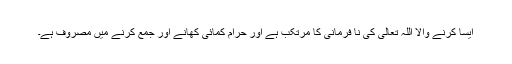
ایسا کرنے والا اللہ تعالیٰ کی نا فرمانی کا مرتکب ہے اور حرام کمائی کھانے اور جمع کرنے میں مصروف ہے۔